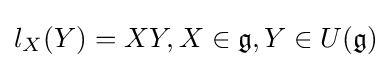
l_{X}(Y)=XY,X\in {\mathfrak {g}},Y\in U({\mathfrak {g}})